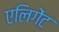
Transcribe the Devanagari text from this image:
एलिगेंट